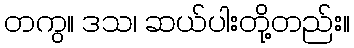
တကွ။ ဒသ၊ ဆယ်ပါးတို့တည်း။